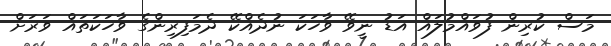
މަސް ކުރިން ފުވައްމުލައް އަޑު ނީވޭ ވާހަކަ ނުދެއްކޭ ދެމަފިރިންގެ ވާހަކަތައް ވަރަށް